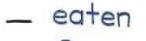
- eaten